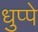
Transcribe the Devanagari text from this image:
धुप्पे